Annual report of the Punjab Veterinary College and of the Civil Veterinary Department, Punjab - 1894-1908
Year: 1894
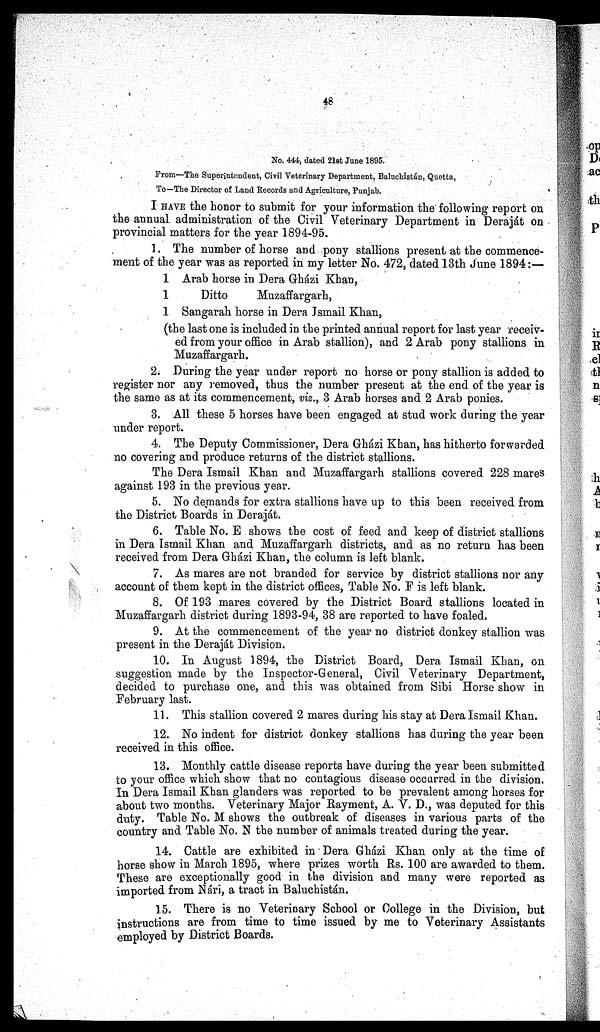
48
No. 444, dated 21st June 1895.
From—The Superintendent, Civil Veterinary Department, Baluchistán, Quetta,
To—The Director of Land Records and Agriculture, Punjab.
I HAVE the honor to submit for your information the following report on
the annual administration of the Civil Veterinary Department in Deraját on
provincial matters for the year 1894-95.
1. The number of horse and pony stallions present at the commence-
ment of the year was as reported in my letter No. 472, dated 13th June 1894:—
1 Arab horse in Dera Gházi Khan,
1
Ditto
Muzaffargarh,
1 Sangarah horse in Dera Ismail Khan,
(the last one is included in the printed annual report for last year receiv-
ed from your office in Arab stallion), and 2 Arab pony stallions in
Muzaffargarh.
2. During the year under report no horse or pony stallion is added to
register nor any removed, thus the number present at the end of the year is
the same as at its commencement, viz., 3 Arab horses and 2 Arab ponies.
3. All these 5 horses have been engaged at stud work during the year
under report.
4. The Deputy Commissioner, Dera Gházi Khan, has hitherto forwarded
no covering and produce returns of the district stallions.
The Dera Ismail Khan and Muzaffargarh stallions covered 228 mares
against 193 in the previous year.
5. No demands for extra stallions have up to this been received from
the District Boards in Deraját.
6. Table No. E shows the cost of feed and keep of district stallions
in Dera Ismail Khan and Muzaffargarh districts, and as no return has been
received from Dera Gházi Khan, the column is left blank.
7. As mares are not branded for service by district stallions nor any
account of them kept in the district offices, Table No. F is left blank.
8. Of 193 mares covered by the District Board stallions located in
Muzaffargarh district during 1893-94, 38 are reported to have foaled.
9. At the commencement of the year no district donkey stallion was
present in the Deraját Division.
10. In August 1894, the District Board, Dera Ismail Khan, on
suggestion made by the Inspector-General, Civil Veterinary Department,
decided to purchase one, and this was obtained from Sibi Horse show in
February last.
11. This stallion covered 2 mares during his stay at Dera Ismail Khan.
12. No indent for district donkey stallions has during the year been
received in this office.
13. Monthly cattle disease reports have during the year been submitted
to your office which show that no contagious disease occurred in the division.
In Dera Ismail Khan glanders was reported to be prevalent among horses for
about two months. Veterinary Major Rayment, A. V. D., was deputed for this
duty. Table No. M shows the outbreak of diseases in various parts of the
country and Table No. N the number of animals treated during the year.
14. Cattle are exhibited in Dera Gházi Khan only at the time of
horse show in March 1895, where prizes worth Rs. 100 are awarded to them.
These are exceptionally good in the division and many were reported as
imported from Nári, a tract in Baluchistán.
15. There is no Veterinary School or College in the Division, but
instructions are from time to time issued by me to Veterinary Assistants
employed by District Boards.